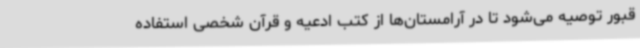
قبور توصیه می‌شود تا در آرامستان‌ها از کتب ادعیه و قرآن شخصی استفاده